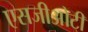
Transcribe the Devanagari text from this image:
एसजीओटी